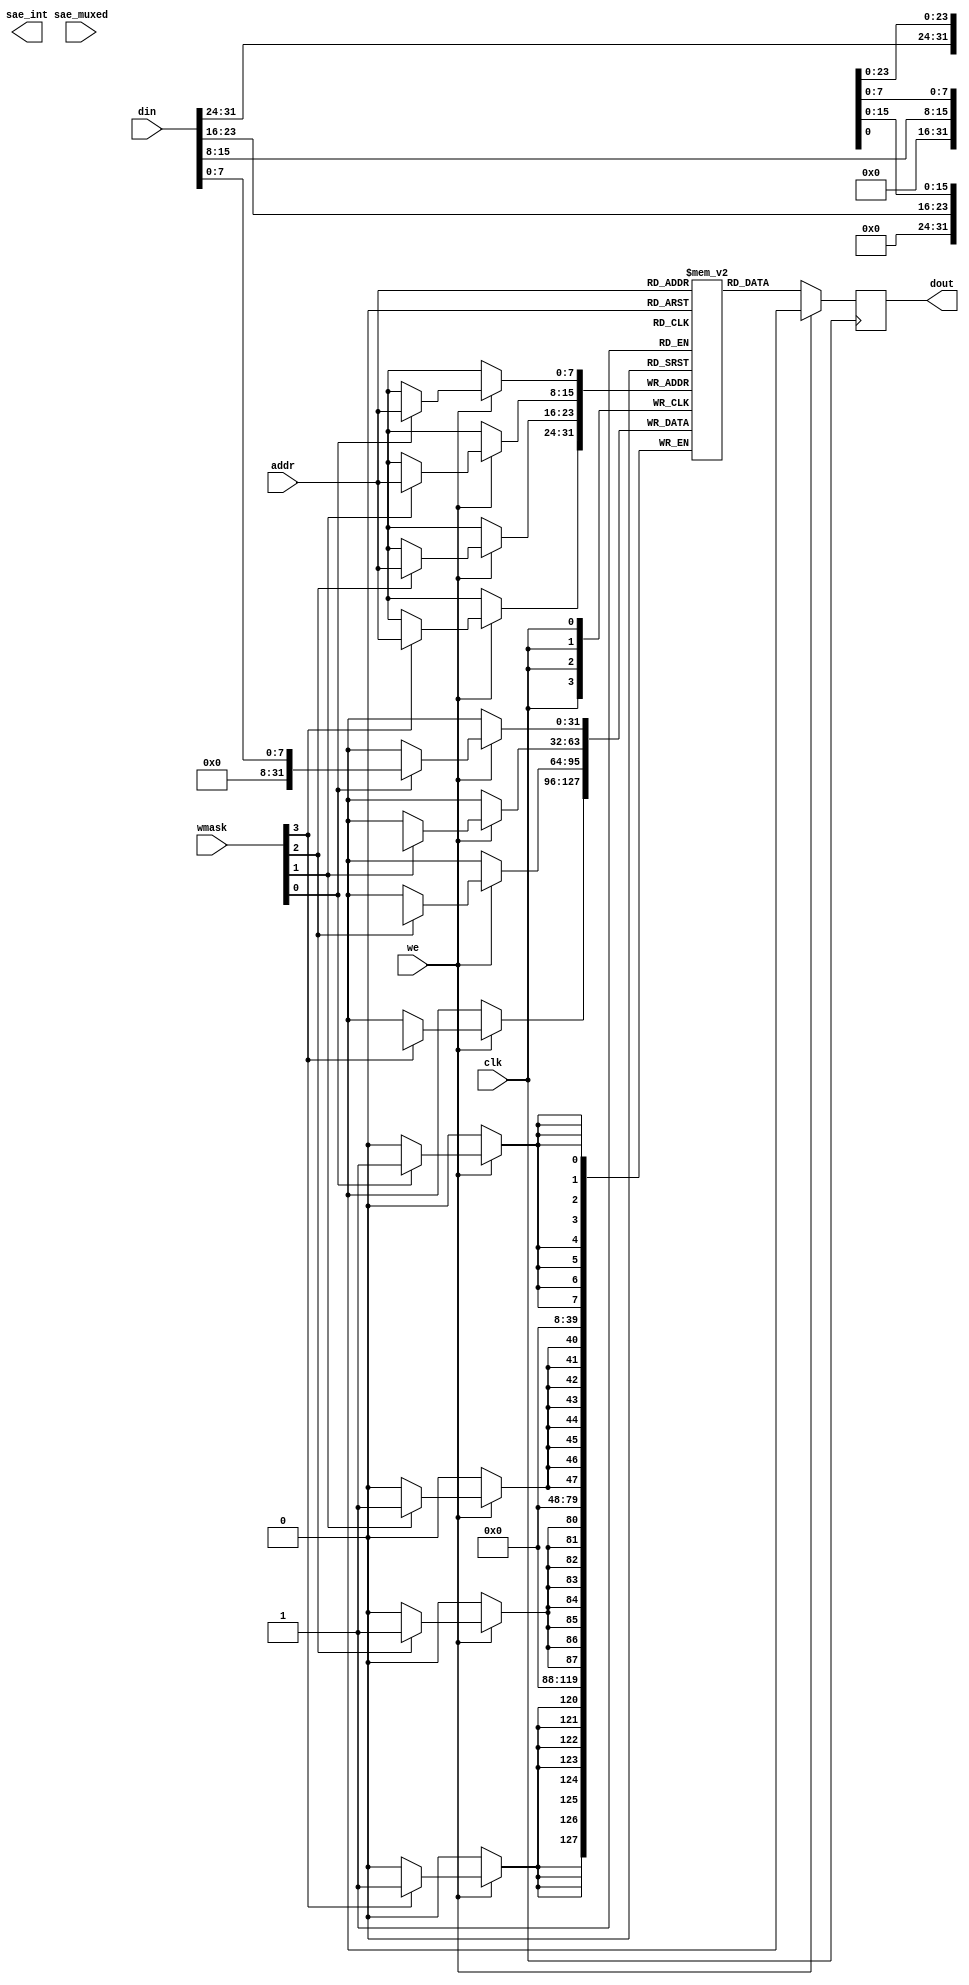
// SRAM22 SRAM model
// Words: 256
// Word size: 32
// Write size: 8

module sram22_256x32m4w8_test(
`ifdef USE_POWER_PINS
    vdd,
    vss,
`endif
  clk,we,wmask,addr,din,dout,sae_int,sae_muxed
  );

  // These parameters should NOT be set to
  // anything other than their defaults.
  parameter DATA_WIDTH = 32 ;
  parameter ADDR_WIDTH = 8 ;
  parameter WMASK_WIDTH = 4 ;
  parameter RAM_DEPTH = 1 << ADDR_WIDTH;

`ifdef USE_POWER_PINS
    inout vdd; // power
    inout vss; // ground
`endif
  input  clk; // clock
  input  we; // write enable
  input [WMASK_WIDTH-1:0] wmask; // write mask
  input [ADDR_WIDTH-1:0]  addr; // address
  input [DATA_WIDTH-1:0]  din; // data in
  output reg [DATA_WIDTH-1:0] dout; // data out
  
  input sae_muxed; // muxed sense amp enable
  output sae_int; // internal sense amp enable
  

  reg [DATA_WIDTH-1:0] mem [0:RAM_DEPTH-1];

  // Fill memory with zeros.
  // For simulation only. The real SRAM
  // may not be initialized to all zeros.
  integer i;
  initial begin
    for (i = 0 ; i < RAM_DEPTH ; i = i + 1)
    begin
      mem[i] = {DATA_WIDTH{1'b0}};
    end
  end

  always @(posedge clk)
  begin
    // Write
    if (we) begin
        if (wmask[0]) begin
          mem[addr][7:0] <= din[7:0];
        end
        if (wmask[1]) begin
          mem[addr][15:8] <= din[15:8];
        end
        if (wmask[2]) begin
          mem[addr][23:16] <= din[23:16];
        end
        if (wmask[3]) begin
          mem[addr][31:24] <= din[31:24];
        end

      // Output is arbitrary when writing to SRAM
      dout <= {DATA_WIDTH{1'bx}};
    end

    // Read
    if (!we) begin
      dout <= mem[addr];
    end
  end

endmodule